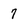
Character: 7